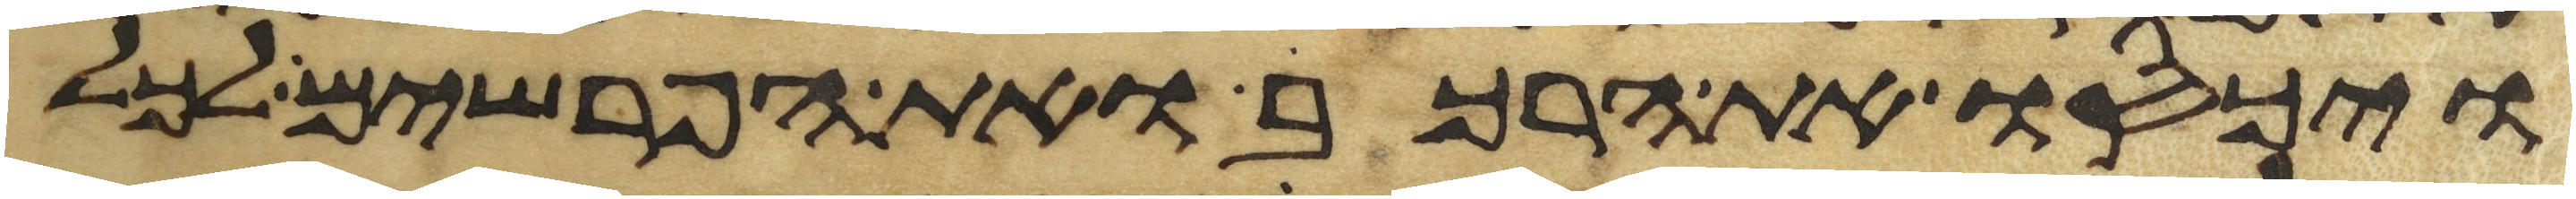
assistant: ויכסו את הרכב ואת הפרשים לכל